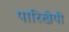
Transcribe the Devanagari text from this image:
पारिखेयी